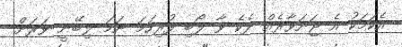
އެކަމަކު އެ ޖަނަވާރެއް ދެކެ ވާ ލޯބި ފުރިހަމަ ނަމަ ލިބޭނީ ވަރަށް